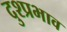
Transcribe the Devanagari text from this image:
दुश्प्रभाव